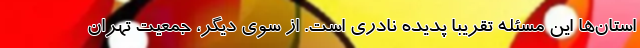
استان‌ها این مسئله تقریبا پدیده نادری است. از سوی دیگر، جمعیت تهران